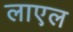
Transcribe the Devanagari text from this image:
लाएल